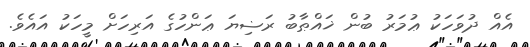
އެއް ދުވަހަކު ޢުމަރު ބުން ޚައްޠާބު ރަޟިޔަ ޢަންހުގެ އަރިހަށް މީހަކު އައެވެ.